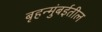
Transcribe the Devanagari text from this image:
बृहन्मुंबईतील